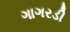
ગાગરડી